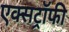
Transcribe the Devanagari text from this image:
एक्सट्रॉफी